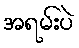
အရမ်းပဲ